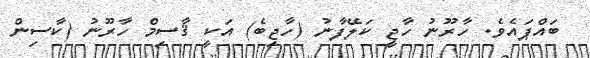
ބައްޕައެވެ. ހާރޫނު ހާޖީ ކަލޭފާނު (ހާޖިބެ) އަކީ ޤާސިމް ހާރޫނު (ކާސިން